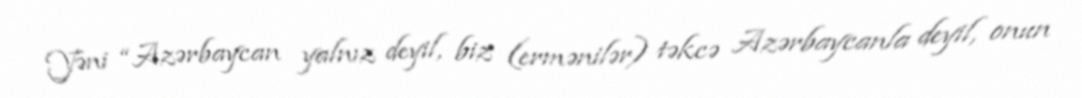
Yəni “Azərbaycan yalnız deyil, biz (ermənilər) təkcə Azərbaycanla deyil, onun